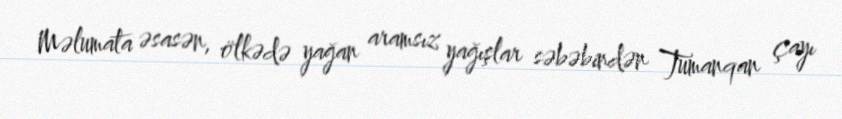
Məlumata əsasən, ölkədə yağan aramsız yağışlar səbəbindən Tumanqan çayı